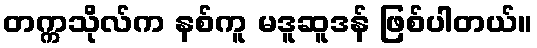
တက္ကသိုလ်က နစ်ကူ မဒူဆူဒန် ဖြစ်ပါတယ်။